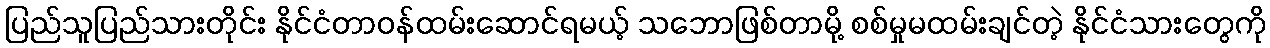
ပြည်သူပြည်သားတိုင်း နိုင်ငံတာဝန်ထမ်းဆောင်ရမယ့် သဘောဖြစ်တာမို့ စစ်မှုမထမ်းချင်တဲ့ နိုင်ငံသားတွေကို